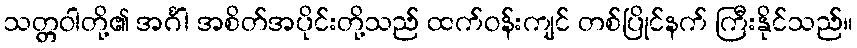
သတ္တဝါတို့၏ အင်္ဂါ အစိတ်အပိုင်းတို့သည် ထက်ဝန်းကျင် တစ်ပြိုင်နက် ကြီးနိုင်သည်။